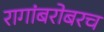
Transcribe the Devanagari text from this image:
रागांबरोबरच